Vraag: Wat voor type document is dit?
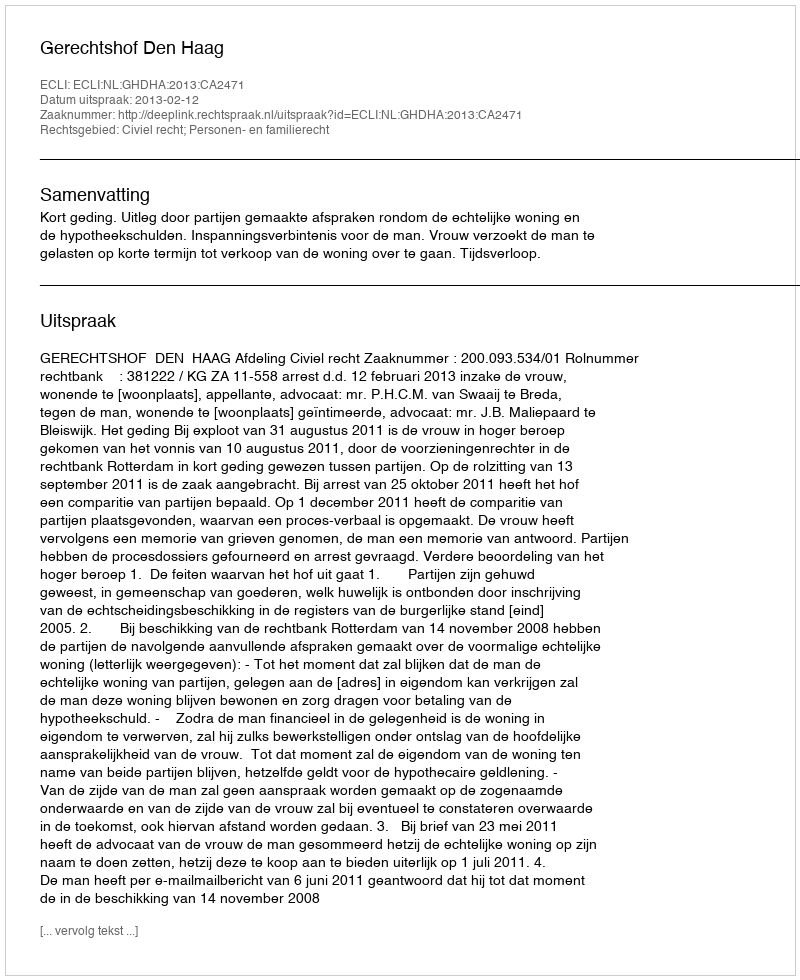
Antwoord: Uitspraak